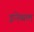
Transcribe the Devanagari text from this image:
इनेबल